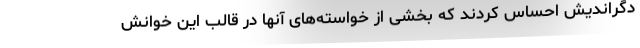
دگراندیش احساس کردند که بخشی از خواسته‌های آنها در قالب این خوانش